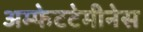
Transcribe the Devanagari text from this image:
अम्फेटटेमीनेस